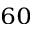
_ { 6 0 }